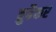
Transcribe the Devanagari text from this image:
ब्रुबैकर